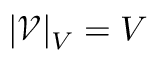
| { \mathcal { V } } | _ { V } = V